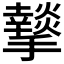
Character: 𭣆